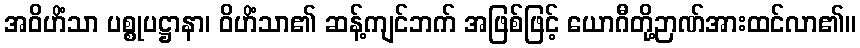
အဝိဟိံသာ ပစ္စုပဋ္ဌာနာ၊ ဝိဟိံသာ၏ ဆန့်ကျင်ဘက် အဖြစ်ဖြင့် ယောဂီတို့ဉာဏ်အားထင်လာ၏။